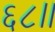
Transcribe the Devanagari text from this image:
६८।।